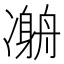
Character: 𠘇